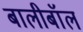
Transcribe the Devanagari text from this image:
बालीबॉल